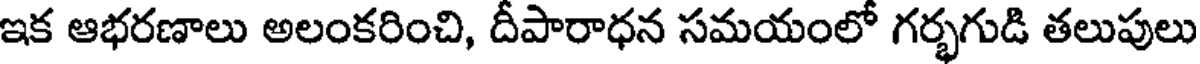
ఇక ఆభరణాలు అలంకరించి, దీపారాధన సమయంలో గర్భగుడి తలుపులు